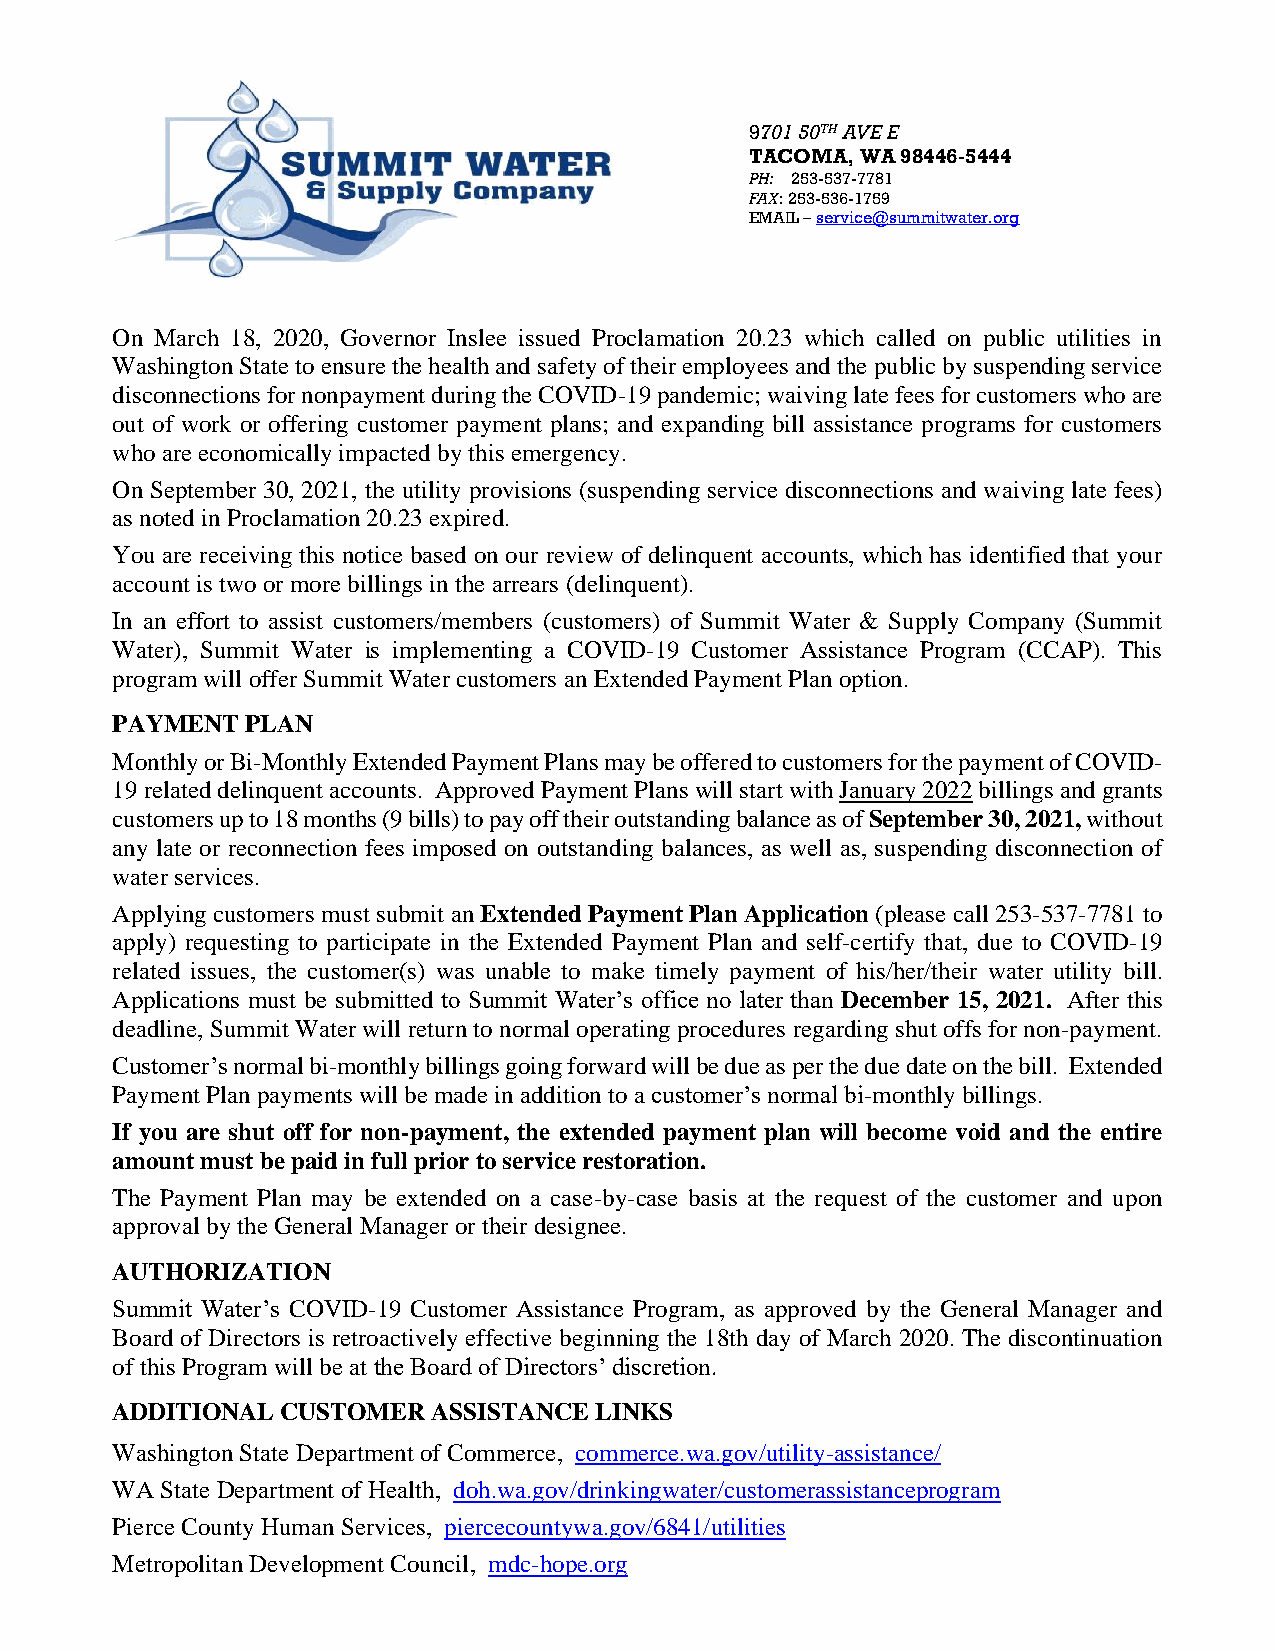
9701 50TH AVE E
 TACOMA, WA 98446-5444
 PH: 253-537-7781
 FAX: 253-536-1759
 EMAIL – service@summitwater.org
 On March 18, 2020, Governor Inslee issued Proclamation 20.23 which called on public utilities in
 Washington State to ensure the health and safety of their employees and the public by suspending service
 disconnections for nonpayment during the COVID-19 pandemic; waiving late fees for customers who are
 out of work or offering customer payment plans; and expanding bill assistance programs for customers
 who are economically impacted by this emergency.
 On September 30, 2021, the utility provisions (suspending service disconnections and waiving late fees)
 as noted in Proclamation 20.23 expired.
 You are receiving this notice based on our review of delinquent accounts, which has identified that your
 account is two or more billings in the arrears (delinquent).
 In an effort to assist customers/members (customers) of Summit Water & Supply Company (Summit
 Water), Summit Water is implementing a COVID-19 Customer Assistance Program (CCAP). This
 program will offer Summit Water customers an Extended Payment Plan option.
 PAYMENT  PLAN
 Monthly or Bi-Monthly Extended Payment Plans may be offered to customers for the payment of COVID-
 19 related delinquent accounts. Approved Payment Plans will start with January 2022 billings and grants
 customers up to 18 months (9 bills) to pay off their outstanding balance as of September 30, 2021, without
 any late or reconnection fees imposed on outstanding balances, as well as, suspending disconnection of
 water services.
 Applying customers must submit an Extended Payment Plan Application (please call 253-537-7781 to
 apply) requesting to participate in the Extended Payment Plan and self-certify that, due to COVID-19
 related issues, the customer(s) was unable to make timely payment of his/her/their water utility bill.
 Applications must be submitted to Summit Water’s office no later than December 15, 2021. After this
 deadline, Summit Water will return to normal operating procedures regarding shut offs for non-payment.
 Customer’s normal bi-monthly billings going forward will be due as per the due date on the bill. Extended
 Payment Plan payments will be made in addition to a customer’s normal bi-monthly billings.
 If you are shut off for non-payment, the extended payment plan will become void and the entire
 amount must be paid in full prior to service restoration.
 The Payment Plan may be extended on a case-by-case basis at the request of the customer and upon
 approval by the General Manager or their designee.
 AUTHORIZATION
 Summit Water’s COVID-19 Customer Assistance Program, as approved by the General Manager and
 Board of Directors is retroactively effective beginning the 18th day of March 2020. The discontinuation
 of this Program will be at the Board of Directors’ discretion.
 ADDITIONAL  CUSTOMER  ASSISTANCE LINKS
 Washington State Department of Commerce, commerce.wa.gov/utility-assistance/
 WA  State Department of Health, doh.wa.gov/drinkingwater/customerassistanceprogram
 Pierce County Human Services, piercecountywa.gov/6841/utilities
 Metropolitan Development Council, mdc-hope.org